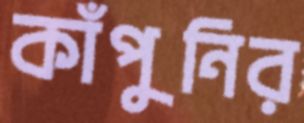
কাঁপুনির